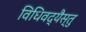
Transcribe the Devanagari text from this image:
विधिवद्यैस्तु